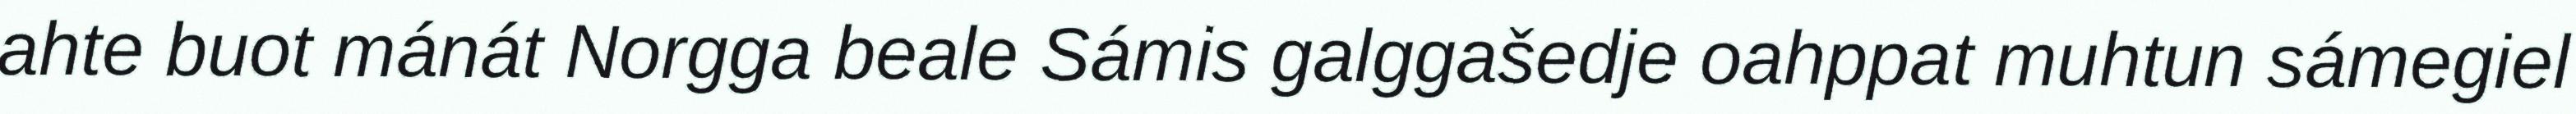
ahte buot mánát Norgga beale Sámis galggašedje oahppat muhtun sámegiel